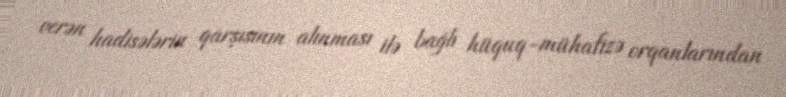
verən hadisələrin qarşısının alınması ilə bağlı hüquq-mühafizə orqanlarından